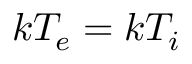
k T _ { e } = k T _ { i }